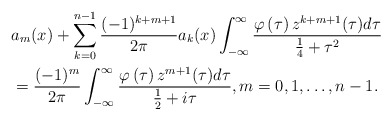
\begin{align*}& a_{m}(x)+\sum_{k=0}^{n-1}\frac{(-1)^{k+m+1}}{2\pi}a_{k}(x)\int_{-\infty}^{\infty}\frac{\varphi\left( \tau\right) z^{k+m+1}(\tau)d\tau}{\frac{1}{4}+\tau^{2}}\\& =\frac{(-1)^{m}}{2\pi}\int_{-\infty}^{\infty}\frac{\varphi\left(\tau\right) z^{m+1}(\tau)d\tau}{\frac{1}{2}+i\tau},m=0,1,\ldots,n-1.\end{align*}